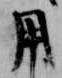
用